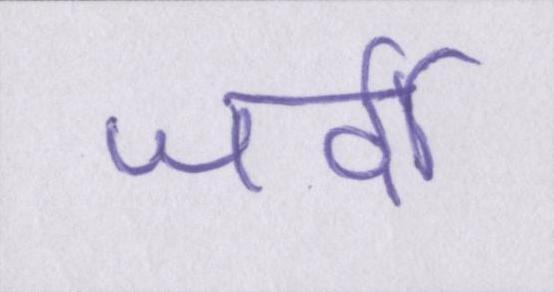
जर्दी